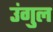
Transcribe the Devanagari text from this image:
उंगुल